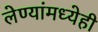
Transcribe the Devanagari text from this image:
लेण्यांमध्येही